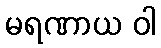
မရဏာယ ဝါ